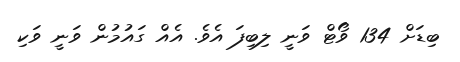
ބިޑަށް 134 ވޯޓް ވަނީ ލިބިފަ އެވެ. އެއް ގައުމުން ވަނީ ވަކި